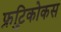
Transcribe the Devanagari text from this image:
फ्रुटिकोकस